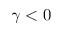
\gamma < 0